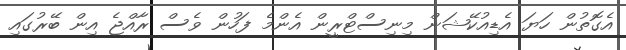
އެގޮތުން ހަޔަ އެޑިއުކޭޝަން މިނިސްޓްރީން އެންމެ ފަހުން ވެސް ރާއްޖެ އިން ބޭރުގައި